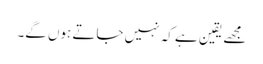
مجھے یقین ہے کہ نہیں جاتے ہوں گے۔